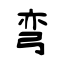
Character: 弯